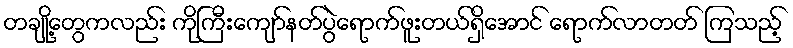
တချို့တွေကလည်း ကိုကြီးကျော်နတ်ပွဲရောက်ဖူးတယ်ရှိအောင် ရောက်လာတတ် ကြသည့်